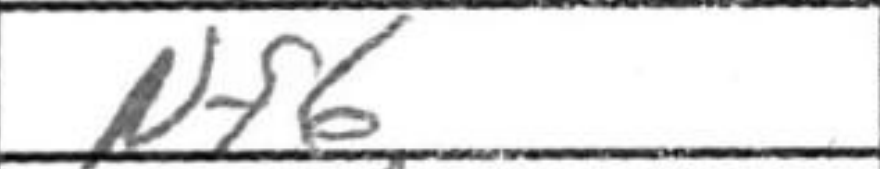
Transcription: Nf6